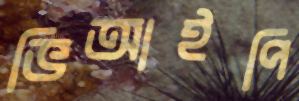
ভিআইপি